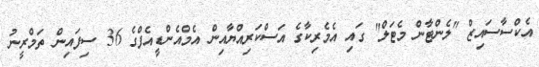
އެކްސާސައިޒް "ލެންޓާން މެޓަލް" ގައި އެމެރިކާގެ އަސްކަރިއްޔާއިން އެމްއެންޑީއެފްގެ 36 ސިފައިން ތަމްރީނު